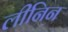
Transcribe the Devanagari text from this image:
लीनिन